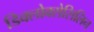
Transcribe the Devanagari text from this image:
डिक्लोक्सेसिलिन